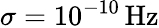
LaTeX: \sigma=10^{-10}\, \mathrm{Hz}